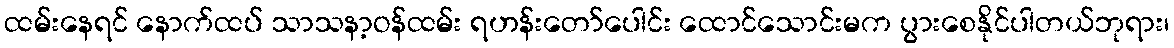
ထမ်းနေရင် နောက်ထပ် သာသနာ့ဝန်ထမ်း ရဟန်းတော်ပေါင်း ထောင်သောင်းမက ပွားစေနိုင်ပါတယ်ဘုရား၊